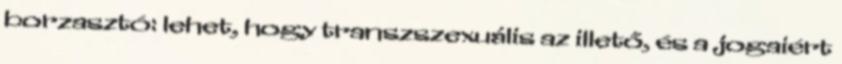
borzasztó: lehet, hogy transzszexuális az illető, és a jogaiért